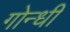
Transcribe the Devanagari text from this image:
गोन्धी